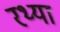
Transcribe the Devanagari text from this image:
रथ्या